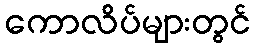
ကောလိပ်များတွင်